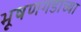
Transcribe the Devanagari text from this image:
भूषणगडाच्या